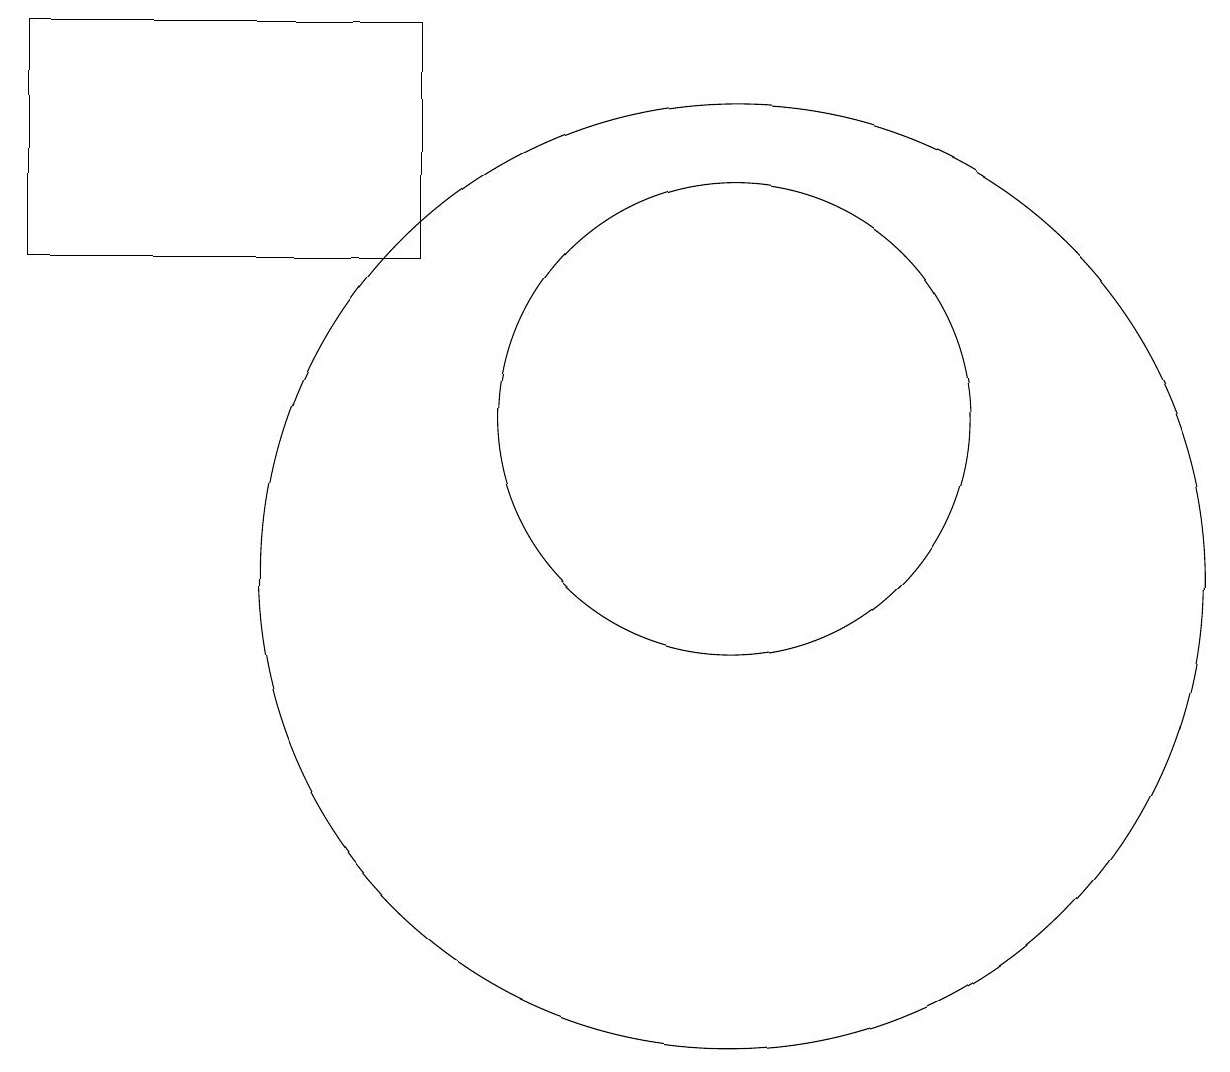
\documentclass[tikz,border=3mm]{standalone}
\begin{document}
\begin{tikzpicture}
\draw (10,10) circle (6);
\draw (10,12) circle (0);
\draw (1,14) rectangle (6,17);
\draw (10,12) circle (3);
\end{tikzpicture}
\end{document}